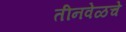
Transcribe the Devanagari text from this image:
तीनवेळचे